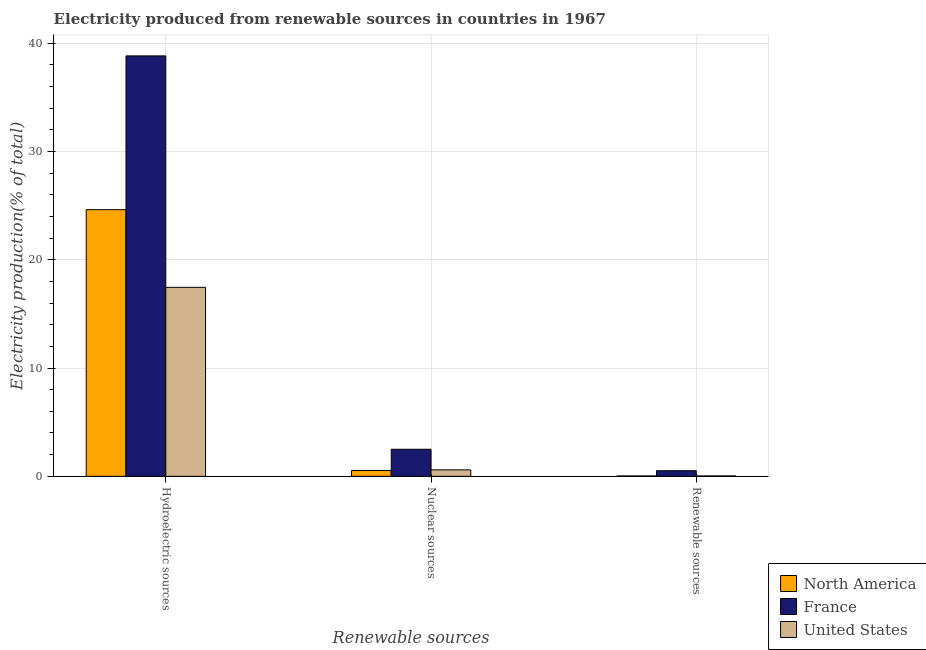
| Renewable sources | North America | France | United States |
 | --- | --- | --- | --- |
 | Hydroelectric sources | 24.6 | 38.8 | 17.4 |
 | Nuclear sources | 0.536 | 2.5 | 0.595 |
 | Renewable sources | 0.0326 | 0.518 | 0.0369 |